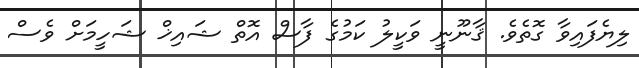
ލިޔެފައިވާ ގޮތެވެ. ޤާނޫނީ ވަކީލު ކަމުގެ ފާސް އޮތް ޝައިޚް ޝަހީމަށް ވެސް